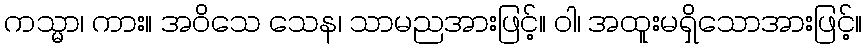
ကသ္မာ၊ ကား။ အဝိသေ သေန၊ သာမညအားဖြင့်။ ဝါ၊ အထူးမရှိသောအားဖြင့်။